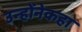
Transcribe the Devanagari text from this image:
उन्होंनेकहा